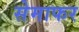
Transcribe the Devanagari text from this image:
सेमाफर